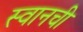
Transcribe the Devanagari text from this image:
स्वानची